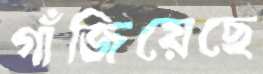
গাঁজিয়েছে